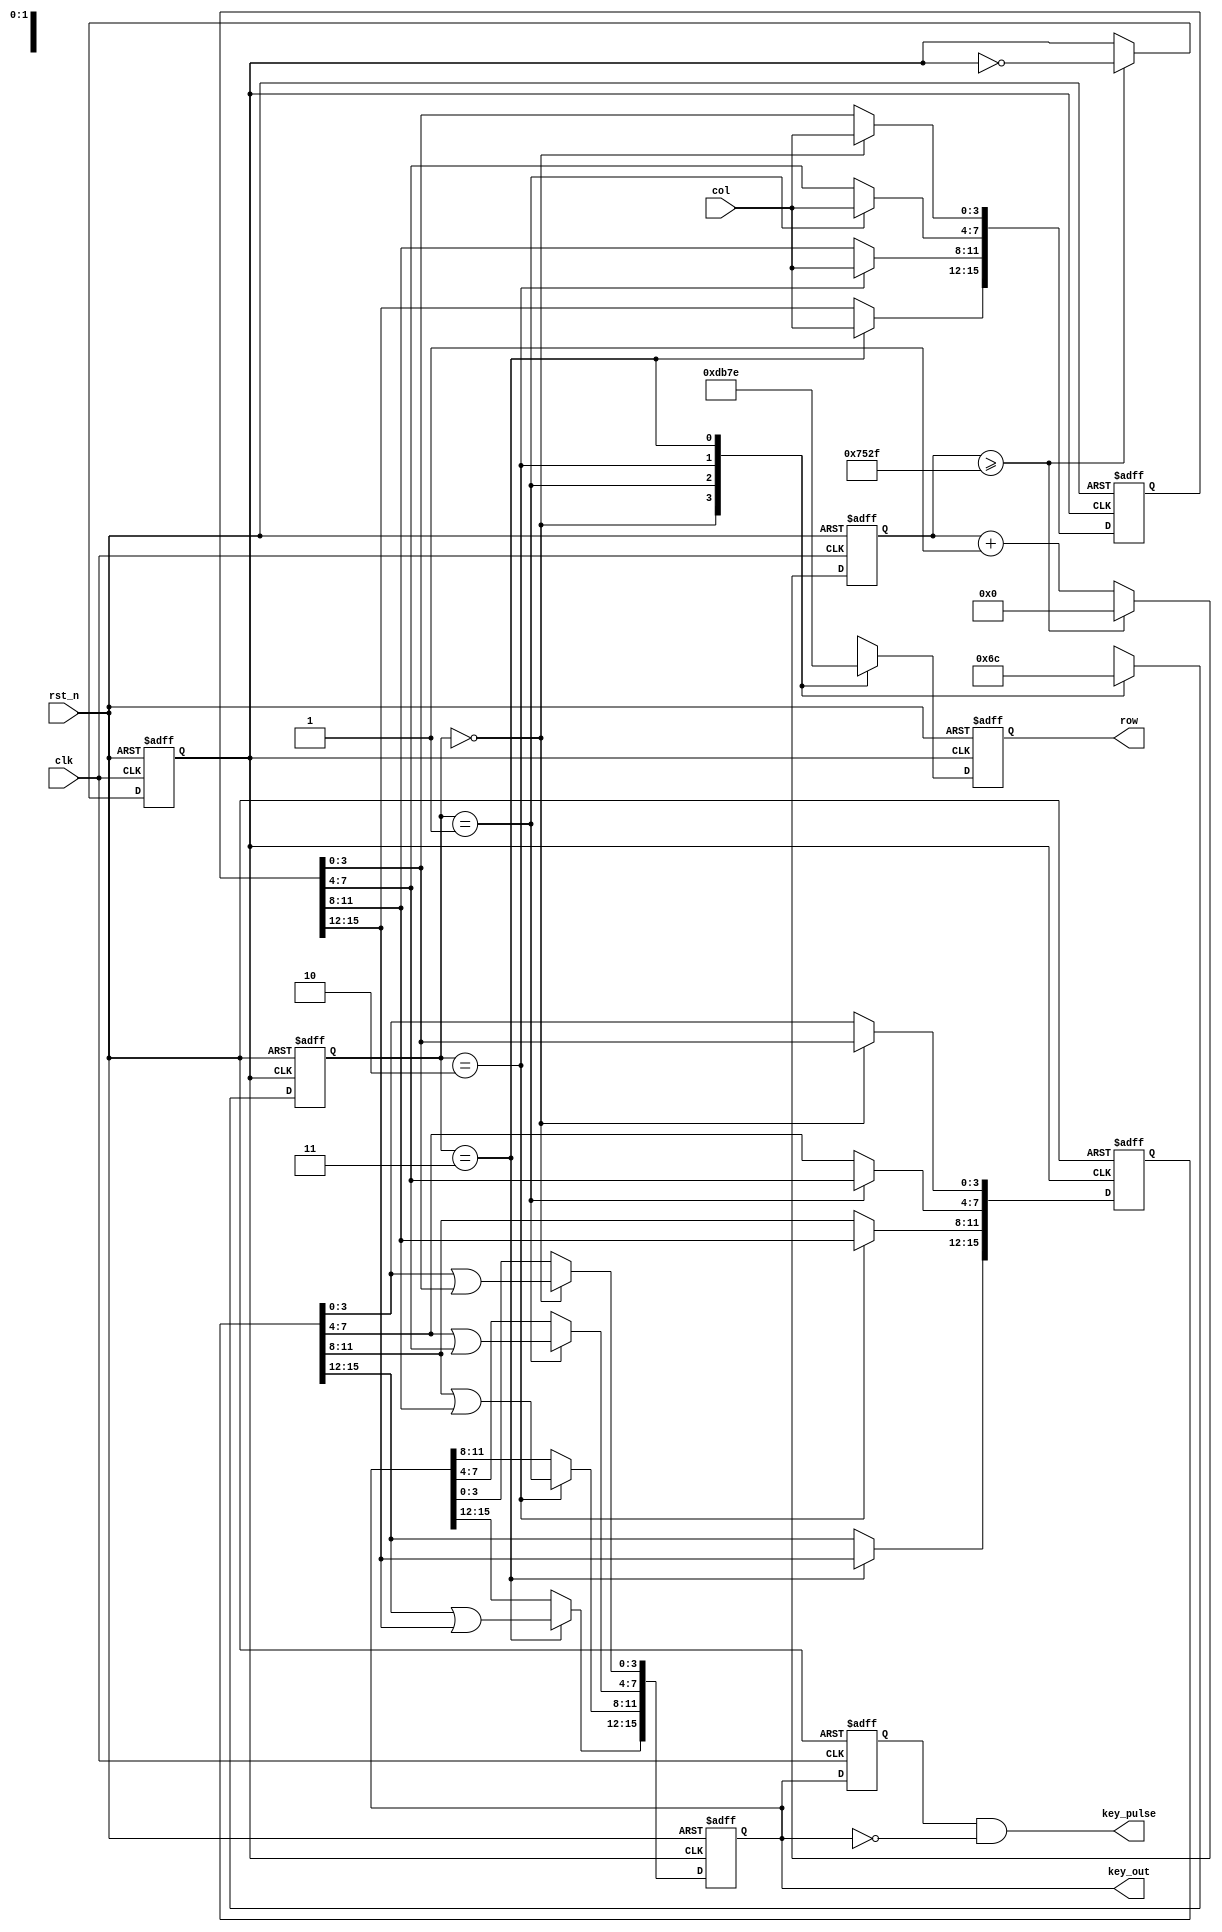
// --------------------------------------------------------------------
// >>>>>>>>>>>>>>>>>>>>>>>>> COPYRIGHT NOTICE <<<<<<<<<<<<<<<<<<<<<<<<<
// --------------------------------------------------------------------
// Module: array_keyboard
// 
// 
// Description: array_keyboard
// 
// Web: www.stepfapga.com
//
// --------------------------------------------------------------------
// Code Revision History :
// --------------------------------------------------------------------
// Version: |Mod. Date:   |Changes Made:
// V1.0     |2015/11/11   |Initial ver
// --------------------------------------------------------------------
module array_keyboard #
(
	parameter			CNT_200HZ = 60000
)
(
	input					clk,
	input					rst_n,
	input			[3:0]	col,
	output reg	[3:0]	row,
	output reg	[15:0]key_out,
	output	wire	 [15:0] key_pulse
);
	
	localparam			STATE0 = 2'b00;
	localparam			STATE1 = 2'b01;
	localparam			STATE2 = 2'b10;
	localparam			STATE3 = 2'b11;
	
	/*
	4x44
	4
	20ms20ms5ms
	
	*/
	
	//5msclk_200hz,12MHz
	reg	[15:0]	cnt;
	reg				clk_200hz;
	always@(posedge clk or negedge rst_n) begin  //cntclk_200hz
		if(!rst_n) begin
			cnt <= 16'd0;
			clk_200hz <= 1'b0;
		end else begin
			if(cnt >= ((CNT_200HZ>>1) - 1)) begin  //12
				cnt <= 16'd0;
				clk_200hz <= ~clk_200hz;  //clk_200hz
			end else begin
				cnt <= cnt + 1'b1;
				clk_200hz <= clk_200hz;
			end
		end
	end
	
	reg		[1:0]		c_state;
	//clk_200hz4
	always@(posedge clk_200hz or negedge rst_n) begin
		if(!rst_n) begin
			c_state <= STATE0;
			row <= 4'b1110;
		end else begin
			case(c_state)
				//c_staterow
				STATE0: begin c_state <= STATE1; row <= 4'b1101; end
				STATE1: begin c_state <= STATE2; row <= 4'b1011; end
				STATE2: begin c_state <= STATE3; row <= 4'b0111; end
				STATE3: begin c_state <= STATE0; row <= 4'b1110; end
				default:begin c_state <= STATE0; row <= 4'b1111; end
			endcase
		end
	end
	
	reg	[15:0]	key,key_r;
	//4
	always@(negedge clk_200hz or negedge rst_n) begin
		if(!rst_n) begin
			key_out <= 16'hffff; key_r <= 16'hffff; key <= 16'hffff; 
		end else begin
			case(c_state)
				//
				//
				STATE0: begin key_out[ 3: 0] <= key_r[ 3: 0]|key[ 3: 0]; key_r[ 3: 0] <= key[ 3: 0]; key[ 3: 0] <= col; end
				STATE1: begin key_out[ 7: 4] <= key_r[ 7: 4]|key[ 7: 4]; key_r[ 7: 4] <= key[ 7: 4]; key[ 7: 4] <= col; end
				STATE2: begin key_out[11: 8] <= key_r[11: 8]|key[11: 8]; key_r[11: 8] <= key[11: 8]; key[11: 8] <= col; end
				STATE3: begin key_out[15:12] <= key_r[15:12]|key[15:12]; key_r[15:12] <= key[15:12]; key[15:12] <= col; end
				default:begin key_out <= 16'hffff; key_r <= 16'hffff; key <= 16'hffff; end
			endcase
		end
	end
	
	reg		[15:0]		key_out_r;
	//Register low_sw_r, lock low_sw to next clk
	always @ ( posedge clk  or  negedge rst_n )
		if (!rst_n) key_out_r <= 16'hffff;
		else  key_out_r <= key_out;   //
	
	//wire	[15:0]		 key_pulse;
	//Detect the negedge of low_sw, generate pulse
	assign key_pulse= key_out_r & ( ~key_out);   //
	

	
endmodule